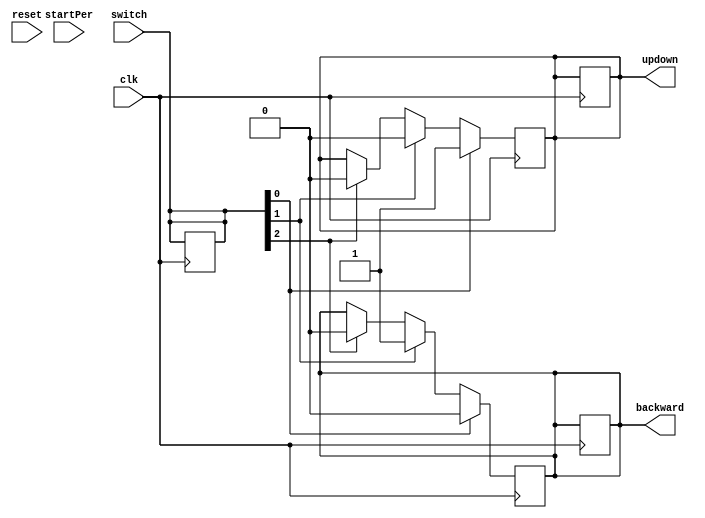
////////////////////////////////////////////////////////////////////////////////
//
// Fecha de Creacin: 25/11/2020
// Nombre del diseo: Casa domotica.
// Nombre del mdulo: sensor_cortinas.v
// 
// Descripcin:
//		El modulo sensor_cortinas tendr el funcionamiento del control, 
// comparacin y ejecucin sobre las cortinas en la casa domotica.
// 
// Comentarios adicionales:
// El switch para establecer el movimiento de las persianas funcionar as:
//			Primera posicin[2] para cuando no se quiera funcin con las persianas,
//			Segunda posicin[1] para cuando se quiera bajar las persianas,
//			Tercera posicin[0] para cuando se quiera subir las persianas 
///////////////////////////////////////////////////////////////////////////////
module sensor_cortinas(clk, reset, startPer, switch, updown, backward);
input clk; //Reloj del sistema
input reset; //Reset del sistema
input startPer; //Inicio del registro
input [2:0] switch; //Interruptor 
output reg updown; //Subida de las persinas
output reg backward; //Bajada de las persianas
reg rst, startP;
reg [2:0] swt;
//Asignaciones para evitar el error HDLCompiler:1660
assign reset = rst;
assign startPer = startP;
assign switch = swt;
initial begin //Parametros de inicio
	rst = 0;
	startP = 0;
	swt = 3'b000;
end
always @(posedge clk) begin //Bloque del reset
	if(rst == 1)begin
		startP = 0;
		swt = 3'b000;		
		updown = 0;
		backward = 0;
	end
end
always @(posedge clk) begin //Bloque de ejecucin
	if(swt[2] == 1)begin
		updown = 0;
		backward = 0;
	end
	if(swt[1] == 1)begin
		updown = 0;
		backward = 1;
	end
	if(swt[0] == 1)begin
		updown = 1;
		backward = 0;
	end
end
endmodule